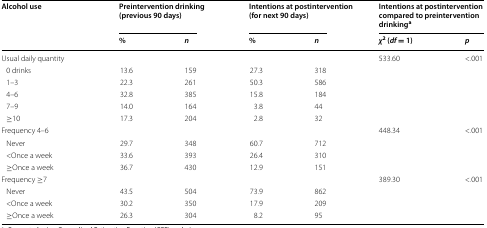
<table><thead><tr><td rowspan="2"><b>Alcohol use</b></td><td colspan="2"><b>Preintervention drinking (previous 90 days)</b></td><td colspan="2"><b>Intentions at postintervention (for next 90 days)</b></td><td colspan="2"><b>Intentions at postintervention compared to preintervention drinking<sup>a</sup></b></td></tr><tr><td><b>%</b></td><td><b><i>n</i></b></td><td><b>%</b></td><td><b><i>n</i></b></td><td><b><i>χ</i><sup>2</sup> (<i>df</i> = 1)</b></td><td><b><i>p</i></b></td></tr></thead><tbody><tr><td>Usual daily quantity</td><td></td><td></td><td></td><td></td><td>533.60</td><td>&lt;.001</td></tr><tr><td> 0 drinks</td><td>13.6</td><td>159</td><td>27.3</td><td>318</td><td></td><td></td></tr><tr><td> 1–3</td><td>22.3</td><td>261</td><td>50.3</td><td>586</td><td></td><td></td></tr><tr><td> 4–6</td><td>32.8</td><td>385</td><td>15.8</td><td>184</td><td></td><td></td></tr><tr><td> 7–9</td><td>14.0</td><td>164</td><td>3.8</td><td>44</td><td></td><td></td></tr><tr><td> ≥10</td><td>17.3</td><td>204</td><td>2.8</td><td>32</td><td></td><td></td></tr><tr><td>Frequency 4–6</td><td></td><td></td><td></td><td></td><td>448.34</td><td>&lt;.001</td></tr><tr><td> Never</td><td>29.7</td><td>348</td><td>60.7</td><td>712</td><td></td><td></td></tr><tr><td> &lt;Once a week</td><td>33.6</td><td>393</td><td>26.4</td><td>310</td><td></td><td></td></tr><tr><td> ≥Once a week</td><td>36.7</td><td>430</td><td>12.9</td><td>151</td><td></td><td></td></tr><tr><td>Frequency ≥7</td><td></td><td></td><td></td><td></td><td>389.30</td><td>&lt;.001</td></tr><tr><td> Never</td><td>43.5</td><td>504</td><td>73.9</td><td>862</td><td></td><td></td></tr><tr><td> &lt;Once a week</td><td>30.2</td><td>350</td><td>17.9</td><td>209</td><td></td><td></td></tr><tr><td> ≥Once a week</td><td>26.3</td><td>304</td><td>8.2</td><td>95</td><td></td><td></td></tr></tbody></table>